Scottish Certificate of Education, 1962
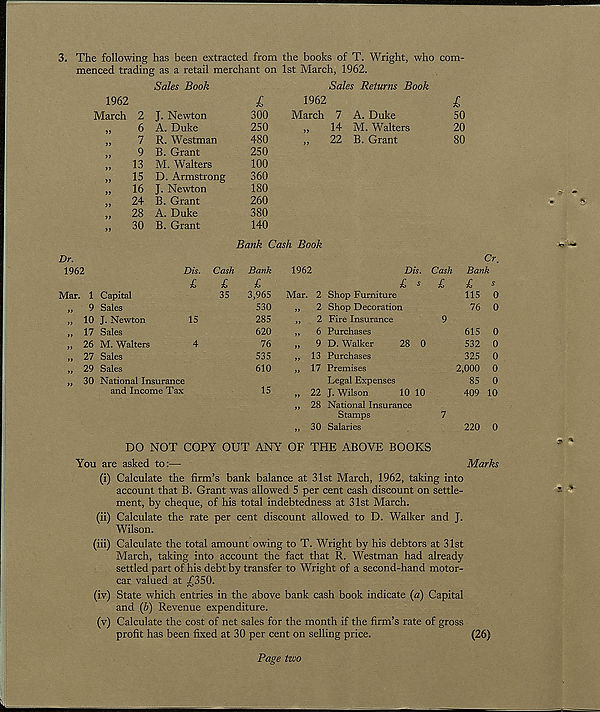
3. The following has been extracted from the books of T. Wright, who com-
menced trading as a retail merchant on 1st March, 1962.
1962
March 2
6
7
9
13
15
16
24
28
30
Sales Book
J. Newton
A. Duke
R. Westman
B. Grant
M. Walters
D. Armstrong
J. Newton
B. Grant
A. Duke
B. Grant
L
300
250
480
250
100
360
180
260
380
140
Bank Cash Book
Sales Returns Book
1962
l
March 7 A. Duke
50
„
14 M. Walters
20
,,
22 B. Grant
80
Dr.
1962
Mar. 1 Capital
Cr.
Dis. Cash Bank
1962
Dis. Cash Bank
£, s £
£
s
35
3,965 Mar. 2 Shop Furniture
9 Sales
10 J. Newton
17 Sales
26 M. Walters
27 Sales
29 Sales
30 National Insurance
and Income Tax
15
530
285
620
76
535
610
15
2
2
6
9
13
17
22
28
30
Shop Decoration
Fire Insurance
Purchases
D. Walker
Purchases
Premises
Legal Expenses
J. Wilson
National Insurance
Stamps
Salaries
115 0
76 0
28 0
10 10
615
532
325
2,000
85
409
0
0
0
0
0
10
DO NOT COPY OUT ANY OF THE ABOVE BOOKS
You are asked to:—
220 0
Marks
(i) Calculate the firm’s bank balance at 31st March, 1962, taking into
account that B. Grant was allowed 5 per cent cash discount on settle-
ment, by cheque, of his total indebtedness at 31st March.
(ii) Calculate the rate per cent discount allowed to D. Walker and J.
Wilson.
(iii) Calculate the total amount owing to T. Wright by his debtors at 31st
March, taking into account the fact that R. Westman had already
settled part of his debt by transfer to Wright of a second-hand motor-
car valued at j£350.
(iv) State which entries in the above bank cash book indicate {a) Capital
and (b) Revenue expenditure.
(v) Calculate the cost of net sales for the month if the firm’s rate of gross
profit has been fixed at 30 per cent on selling price.
(26)
-
Page two